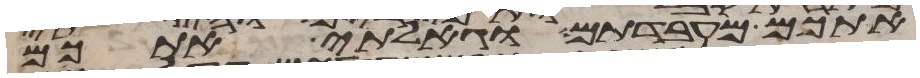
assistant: אתכם מעבדתם וגאלתי אתכם